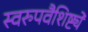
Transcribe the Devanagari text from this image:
स्वरुपवैशिष्ट्ये